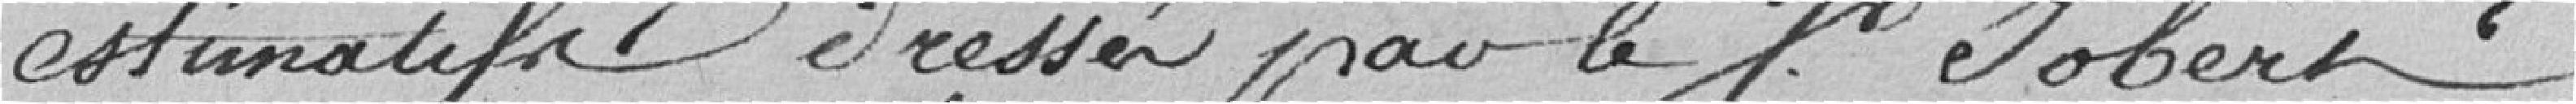
estimatifs dressés par le F. JOBERT,